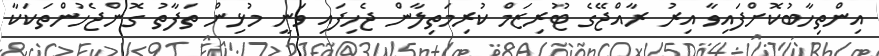
އިންތިހާބުކޮށްފައިވާ އިރު ރާއްޖޭގެ ޓޫރިޒަމް ކުރިމަތިލާން ޖެހިފައި ވަނީ މުޅިން ތަފާތު ގޮންޖެހުންތަކަކާ